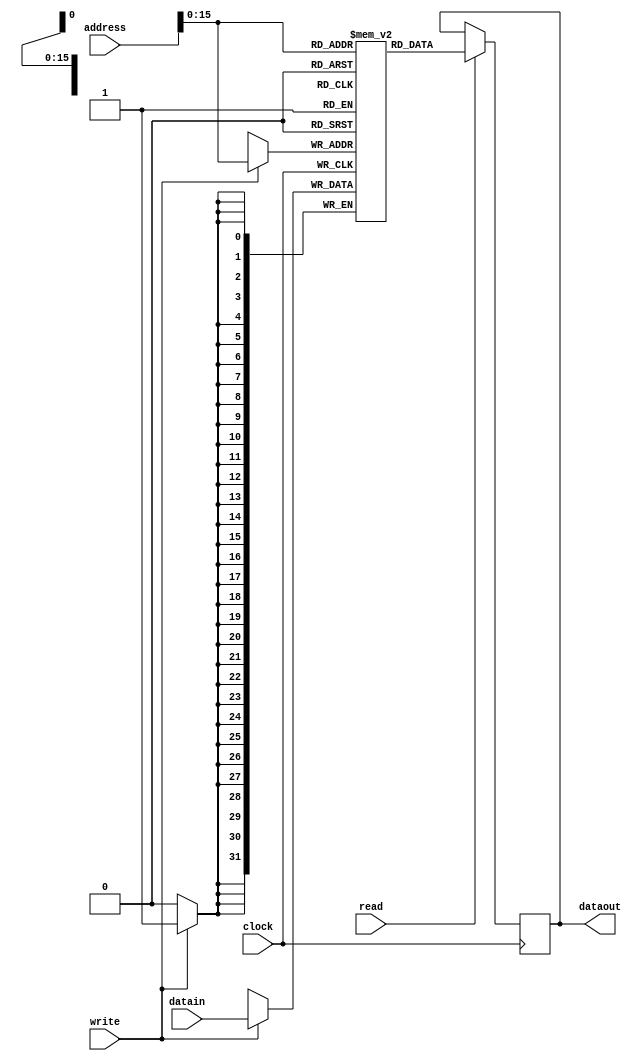
`timescale 1ns / 1ps
//////////////////////////////////////////////////////////////////////////////////
// Company: 
// Engineer: 
// 
// Design Name: 
// Module Name: memory
// Project Name: 
// Target Devices: 
// Tool Versions: 
// Description: 
// 
// Dependencies: 
// 
// Revision:
// Revision 0.01 - File Created
// Additional Comments:
// 
//////////////////////////////////////////////////////////////////////////////////


module data(clock, write, read, address, datain, dataout);
    input clock, write, read;
    input [31:0] address;
    input [31:0] datain;
    reg [31:0] data[65535:0];
    output reg [31:0] dataout;
    
    initial begin
        data[5] = 2;
        data[6] = 5;
        data[7] = 3;
        data[8] = 20;
        data[9] = 10;
        data[10] = 33;
        data[11] = 10;
    end
    
    always@(posedge clock)
    begin
        if (read == 1)
            dataout = data[address[15:0]];
        if (write == 1)
            data[address[15:0]] = datain;
    end
endmodule

module instruction(clock, address, instruction_out);
    input clock;
    input [7:0] address;
    wire [31:0] instructions [255:0];
    output reg [31:0] instruction_out;
    
    
    
//individual instructions
   /*
   
 
    assign instructions[0] = 32'b00000000000000000000000000000000; //nop
    assign instructions[1] = 32'b0100_0001010000100000110000000000; // add x5, x2, x3 
    assign instructions[2] = 32'b01110000000000010000100000000000; //subtract
    assign instructions[3] = 32'b0101000000000001_0000000000000011; //Increment
    assign instructions[4] = 32'b11100000010010100000000000000000; //load  x1,  x10
    assign instructions[5] = 32'b00000000000000000000000000000000; //nop

    assign instructions[6] = 32'b00110000000010100000000000000000; //store  x0,  x10
    assign instructions[7] = 32'b00000000000000000000000000000000; //nop

    assign instructions[8] = 32'b0110_000000_000001_000010_0000000000; //Negate
    assign instructions[9] = 32'b00000000000000000000000000000000; //nop

    assign instructions[10] = 32'b11110000110000000000000000000001; //savepc x3, 1
    assign instructions[11] = 32'b00000000000000000000000000000000; //nop
    assign instructions[12] = 32'b10000000000000110000000000000000; //jump x
    assign instructions[13] = 32'b00000000000000000000000000000000; //nop
    assign instructions[14] = 32'b10100000000000110000000000000000; // jump memory
    assign instructions[15] = 32'b00000000000000000000000000000000; //nop
    assign instructions[16] = 32'b00000000000000000000000000000000; //nop
    assign instructions[17] = 32'b10010000000010010000000000000000; // branch if zero
    assign instructions[18] = 32'b10110000000101000000000000000000; //branchn x20
 */
    //finished store and sum negate
      /*
     assign instructions[0] = 32'b00000000000000000000000000000000; //nop
     assign instructions[1] = 32'b01010000010000100000000000000011;//x1, x2, 3 increment
      
     assign instructions[3] = 32'b1000_0000000011100000000000000000; // jump  rs = 14 
     assign instructions[4] = 32'b00000000000000000000000000000000; //nop
     assign instructions[5] = 32'b10100000000101000000000000000000; // jump memory rs = 20
     assign instructions[6] = 32'b00000000000000000000000000000000; //nop
     assign instructions[7] = 32'b00000000000000000000000000000000; //nop

     
     */


     assign instructions[0] = 32'b00000000000000000000000000000000; //nop
     assign instructions[1] = 32'b01010000010000100000000000000011;//x1, x2, 3 increment
     assign instructions[2] = 32'b00000000000000000000000000000000; //nop 
     assign instructions[3] = 32'b01100000100010110000000000000000;//negate //rd: 2, rs: 11, rt: 0



    
    
    
   // assign instructions[0] = 32'b00000000000000000000000000000000; //nop
   // assign instructions[2] = 32'b00000000000000000000000000000000; //nop
   // assign instructions[3] = 32'b00110000000010100000000000000000; //store  x0,  x10
   // assign instructions[4] = 32'b00000000000000000000000000000000; //nop
   // assign instructions[5] = 32'b0110_000000_000001_000010_0000000000; //Negate
   // assign instructions[6] = 32'b00000000000000000000000000000000; //nop

 
    
    
    
   //instructinos for lab report
    //    assign instructions[0] = 32'b0100_0001010000100000110000000000; // add x5, x2, x3 
      //  assign instructions[1] = 32'b1111_0010010000000000000000000001; // svpc x9, 1



   //THIS IS THE SUM CALCULATION
    assign instructions[0] = 32'b0000_0000000000000000000000000000; // nop
    assign instructions[1] = 32'b0111_0001000001000001000000000000; // sub x4, x4, x4
    assign instructions[2] = 32'b0100_0001010000100000110000000000; // add x5, x2, x3 
    assign instructions[3] = 32'b1111_0010010000000000000000000001; // svpc x9, 1
    assign instructions[4] = 32'b1110_000110_000010_000000_0000000000; // ld x6, x2
    assign instructions[5] = 32'b0000_0000000000000000000000000000; // nop
    assign instructions[6] = 32'b0100_000100_000100_000110_0000000000; // add x4, x4, x6
    assign instructions[7] = 32'b0101_0000100000100000000000000001; // inc x2, x2, 1
    assign instructions[8] = 32'b0000_0000000000000000000000000000; // nop
    assign instructions[9] = 32'b0111_0010000000100001010000000000; // sub x8, x2. x5
    assign instructions[10] = 32'b1011_000000_001001_0000000000000000; // brn x9
    assign instructions[11] = 32'b0000_0000000000000000000000000000; // nop



    always@ (posedge clock)
    begin
        instruction_out = instructions[address];
    end
endmodule

module register(clock, regWrite, rs, rt, rd, datain, rs_out, rt_out);
input clock, regWrite;
input [5:0] rs;
input [5:0] rt;
input [5:0] rd;
input [31:0] datain;
reg[31:0] registers[63:0];
output reg[31:0] rs_out;
output reg[31:0] rt_out;

initial begin
/*
registers[10] = 11;
registers[11] = 12;
registers[12] = 13;
registers[13] = 14;
registers[14] = 15;
registers[15] = 16;
registers[16] = 17;
registers[17] = 18;
registers[18] = 19;
registers[19] = 20;
registers[20] = 28;
registers[21] = 22;
registers[22] = 23;
registers[23] = 24;
registers[24] = 25;
registers[25] = 26;
registers[26] = 27;
registers[27] = 28;
registers[28] = 29;
registers[29] = 30;
*/
/*
registers[30] = 31;
registers[31] = 32;
registers[32] = 33;
registers[33] = 34;
registers[34] = 35;
registers[35] = 36;
registers[36] = 37;
registers[37] = 38;
registers[38] = 39;
registers[39] = 40;
registers[40] = 41;
registers[41] = 42;
registers[42] = 43;
registers[43] = 44;
registers[44] = 45;
registers[45] = 46;
registers[46] = 47;
registers[47] = 48;
registers[48] = 49;
registers[49] = 50;
registers[50] = 51;
registers[51] = 52;
registers[52] = 53;
registers[53] = 54;
registers[54] = 55;
registers[55] = 56;
registers[56] = 57;
registers[57] = 58;
registers[58] = 59;
registers[59] = 60;
registers[60] = 61;
registers[61] = 62;
registers[62] = 63;
registers[63] = 40;
*/
//these below are conditions for sum calculations
    registers[4] = 0;
    registers[0] = 0; //c0 = 0 
       
    registers[2] = 5; //base of a
    registers[3] = 7; //n
end

always@ (posedge clock)
    begin
        if (regWrite == 1)
            registers[rd] = datain;
            
        rs_out = registers[rs];
        rt_out = registers[rt]; // question about conditional
    end
endmodule